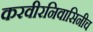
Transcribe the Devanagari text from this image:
करवीरनिवासिनीच